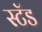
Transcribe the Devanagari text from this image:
स्‍टॅड